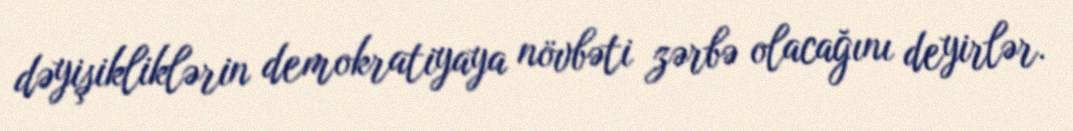
dəyişikliklərin demokratiyaya növbəti zərbə olacağını deyirlər.